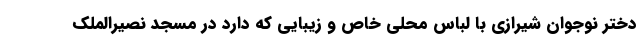
دختر نوجوان شیرازی با لباس محلی خاص و زیبایی که دارد در مسجد نصیرالملک